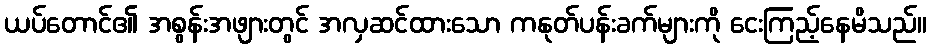
ယပ်တောင်၏ အစွန်းအဖျားတွင် အလှဆင်ထားသော ကနုတ်ပန်းခက်များကို ငေးကြည့်နေမိသည်။